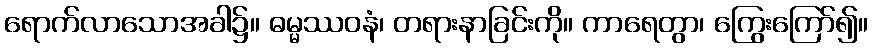
ရောက်လာသောအခါ၌။ ဓမ္မဿဝနံ၊ တရားနာခြင်းကို။ ကာရေတွာ၊ ကြွေးကြော်၍။